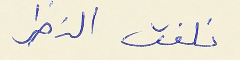
نلفت النظر